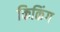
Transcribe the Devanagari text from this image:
किकिंग